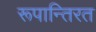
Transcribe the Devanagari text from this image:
रूपान्तिरत